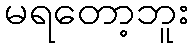
မရတော့ဘူး